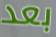
بعد